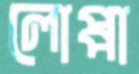
লোপ্পা